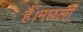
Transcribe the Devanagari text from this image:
है।मछली